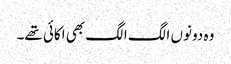
وہ دونوں الگ الگ بھی اکائی تھے۔